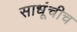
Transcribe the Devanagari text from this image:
साधूंचीच